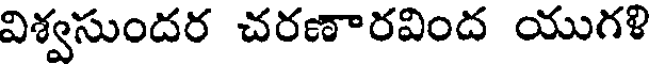
విశ్వసుందర చరణారవింద యుగళి